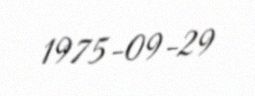
1975-09-29